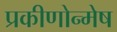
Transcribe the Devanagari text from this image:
प्रकीणोन्मेष